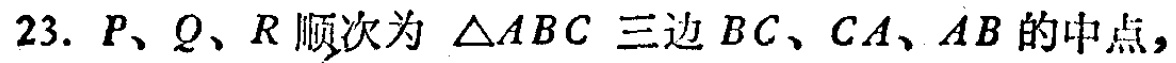
23. \(P\)、\(Q\)、\(R\)顺次为 \(\triangle ABC\) 三边 \(BC\)、\(CA\)、\(AB\) 的中点，